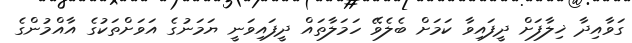
ގަވާއިދާ ޚިލާފަށް ދީފައިވާ ކަމަށް ބެލެވޭ ހަމަލާތައް ދީފައިވަނީ ޔަމަނުގެ އަވަށްތަކުގެ އާއްމުންގެ